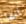
أيها